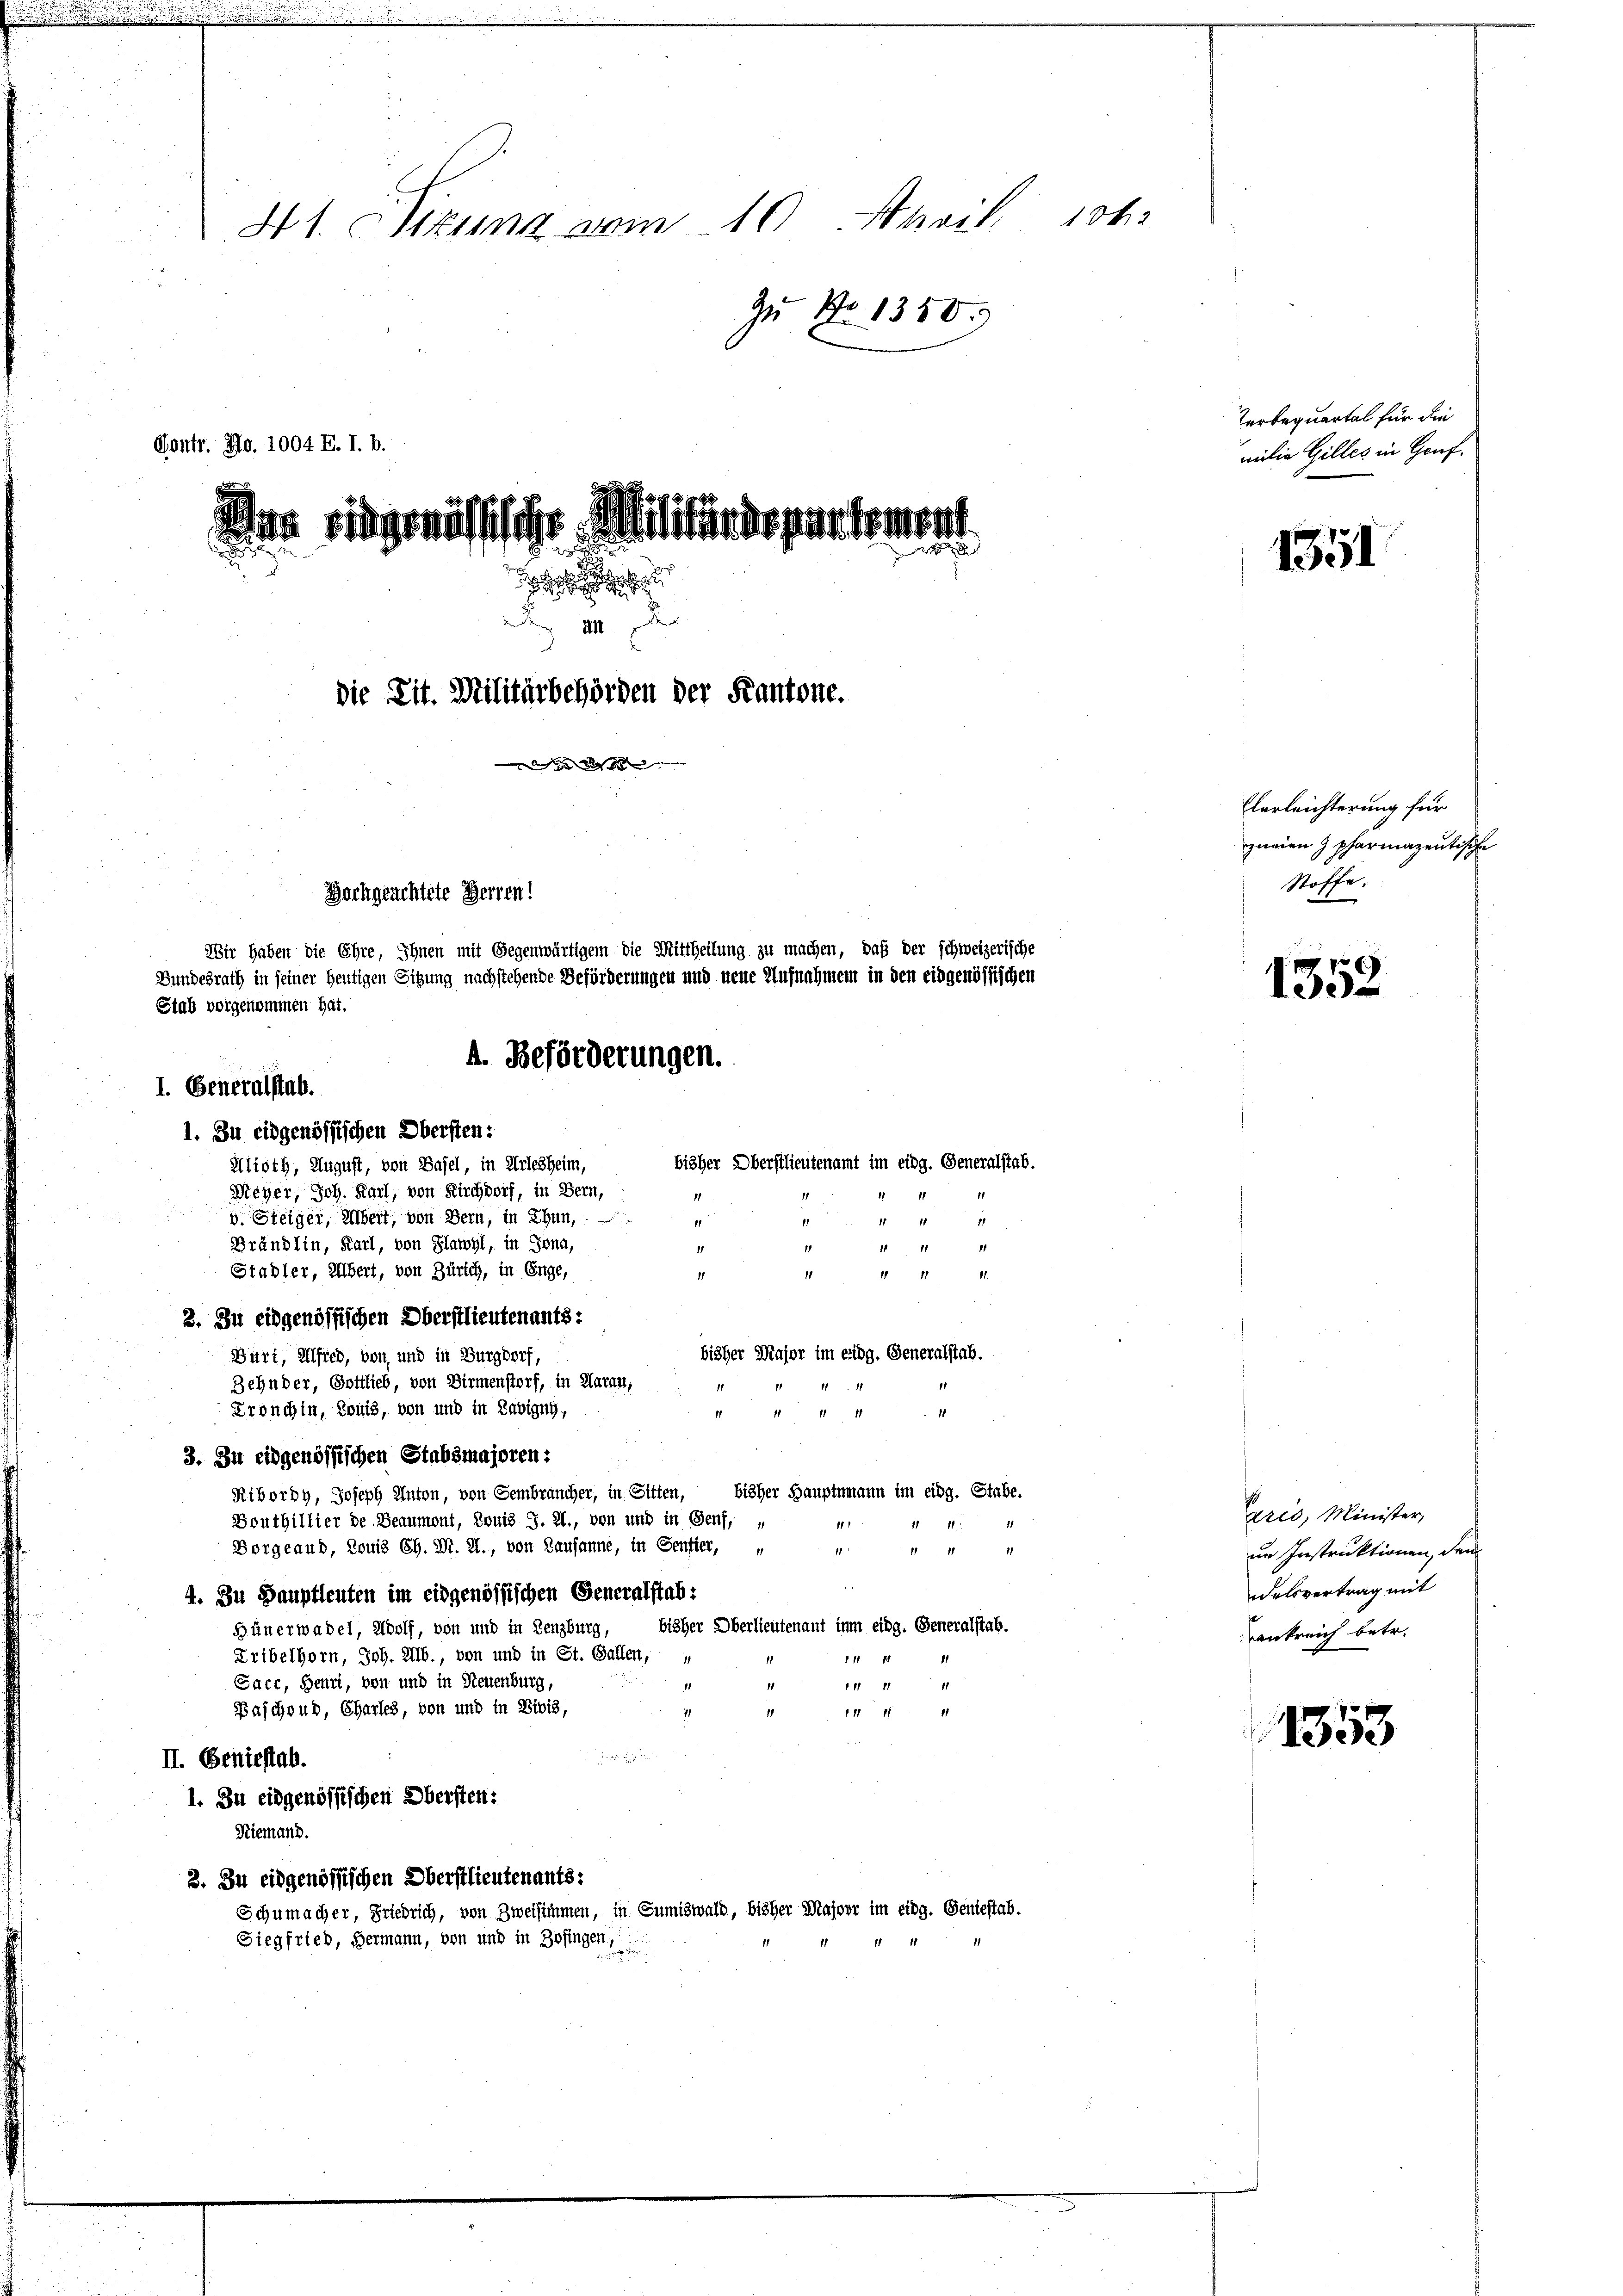
41. Setzung vom 10 hoct. 1062
Zu No 1350
Gontr. Mo. 1004 E. I. b.
a ringenössische Militärdepartement.
R

 x
die Tit. Militärbehörden der Kantone.
S
Hochgeachtete Herren!
Wir haben die Ehre, Ihnen mit Gegenwärtigem die Mittheilung zu machen, daß der schweizerische
Bundesrath in seiner heutigen Sitzung nachstehende Beförderungen und neue Aufnahmen in den eidgenössischen
Stab vorgenommen hat.
A. Beförderungen.
1. Generalstab.
1. Zu eidgenössischen Obersten:
bisher Oberstlieutenamt im eidg. Generalstab.
Altoth, August, von Basel, in Arlesheim,
Meyer, Joh. Karl, von Kirchdorf, in Bern,
11
1
11
11
v. Steiger, Albert, von Bern, in Thun,
11
M. 182
11
Brändlin, Karl, von Flawyl, in Jona,
 21
11
1
Stadler, Übert, von Zürich, in Enge,
1 11 11
1
1

3. Zu eidgenössischen Oberstlieutenants:
bisher Major im eidg. Generalstab.
Buri, Alfred, von und in Burgdorf,
Zehnder, Gottlieb, von Birmenstorf, in Garan,
11
Eronchin, Souls, von und in Lavigny,
1 11 11 11
1
3. In eidgenössischen Stabsmajoren:
Kiborby, Joseph Anton, von Sembraucher, in Sitten, bisher Hauptmann im eidg. Stabe.
Bouthillier de Beaumont, Louis J. H., von und in Genf,
1
11
11
Vorgeaub, Louis Ch. M. 21., von Lausanne, in Senfier, u
1
 x 1
4. Zu Hauptleuten im eidgenössischen Generalstab:
bisher Oberlieutenauf inm eidg. Generalstab.
Hünerwadel, Wolf, von und in Lenzburg,
Kribelhorn, Joh. Ab., von und in St. Gallen, u
111 1
1
Sace, Beuri, von und in Neuenburg,
" 1 41 ff.
Baschub, Charles, von und in Bibis,
1
1111
14
.
II. Geniestab.
1. Zu eidgenössischen Obersten:
Niemand.
3. Zu eidgenössischen Oberstlieutenants:
Schumacher, Friedrich, von Zweisimmen, in Sumiswald, bisher Masser im eidg. Geniestab.
Siegfried, Hermann, von und in Zofingen,
1

Terbequartal für die
milie Gilles in Genf.

1351

Elerleichterung für
zneien 9 pharmazentische
Stoffe.

1352

1353

arés, Minister,
in Instruktionen, den
delsvertrag mit
ankreich betr.